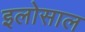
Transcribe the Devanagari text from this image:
इलोसाल